Annual returns of the Patna Lunatic Asylum at Bankipore in Bihar and Orissa - 1912-1924
Year: 1912
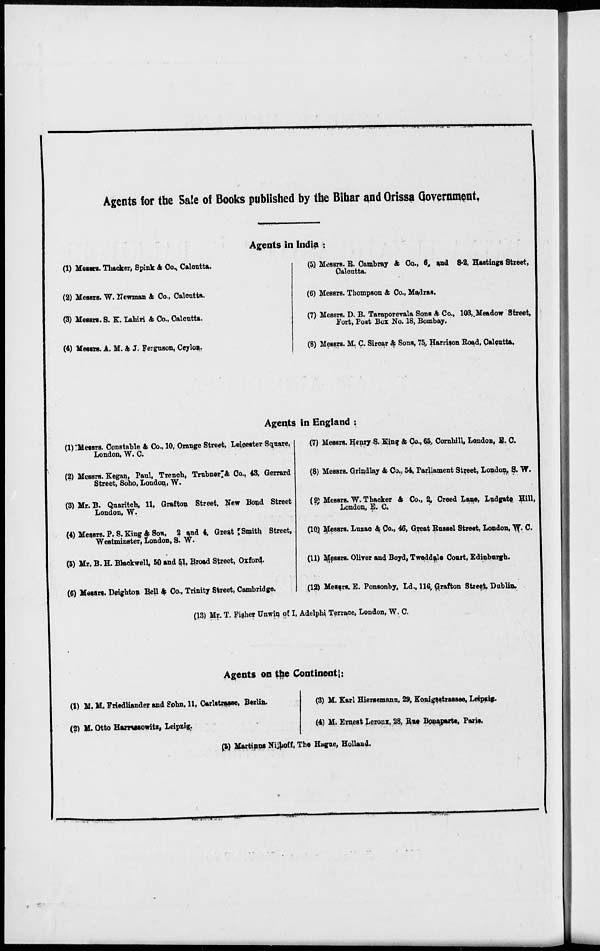
Agents for the Sale of Books published by the Bihar and Orissa Government.
Agents in India :
(1) Messrs. Thacker, Spink & Co., Calcutta.
(2) Messrs. W. Newman & Co., Calcutta.
(3) Messrs. S. K. Lahiri & Co., Calcutta.
(4) Messrs. A. M. & J. Ferguson, Ceylon.
(5) Messrs. R. Cambray & Co., 6, and 8-2, Hastings Street,
Calcutta.
(6) Messrs. Thompson & Co., Madras.
(7) Messrs. D. B. Taraporerala Sons & Co., 103, Meadow Street,
Fort, Post Box No. 18, Bombay.
(8) Messrs. M. C. Sircar & Sons, 75, Harrison Road, Calcutta.
Agents in England :
(1) Messrs. Constable & Co., 10, Orange Street, Leicester Square,
London, W. C.
(2) Messrs. Kegan, Paul, Trench, Trubner & Co., 43, Gerrard
Street, Soho, London, W.
(3) Mr. B. Quaritch, 11, Grafton Street, New Bond Street
London, W.
(4) Messrs. P. S. King & Son, 2 and 4, Great Smith Street,
Westminster, London, S. W.
(5) Mr. B. H. Blackwell, 50 and 51, Broad Street, Oxford.
(6) Messrs. Deighton Bell & Co., Trinity Street, Cambridge.
(7) Messrs. Henry S. King & Co., 65, Cornhill, London, E. C.
(8) Messrs. Grindlay & Co., 54, Parliament Street, London, S. W.
(9) Messrs. W. Thacker & Co., 2 Creed Lane, Ludgate Hill,
London, E. C.
(10) Messrs. Luzac & Co., 46, Great Russel Street, London, W. C.
(11) Messrs. Oliver and Boyd, Tweddale Court, Edinburgh.
(12) Messrs. E. Ponsonby, Ld., 116 Grafton Street, Dublin.
(13) Mr. T. Fisher Unwin of 1, Adelphi Terrace, London, W. C.
Agents on the Continent :
(1) M.M. Friedliander and Sohn, 11, Carlstrasse, Berlin.
(2) M. Otto Harrassowitz, Leipzig.
(3) M. Karl Hiersemann, 29, Konigastrassee, Leipzig.
(4) M. Ernest Leroux, 28, Rue Bonaparte, Paris.
(5) Martinus Nijhoff, The Hague, Holland.